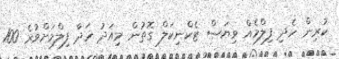
ކުރިން ހެދި ފިލްމެއް ވިޔަސް ޓެކްނިކަލް ގޮތުން މިއަދު ހަދާ ފިލްމަށްވުރެ 100